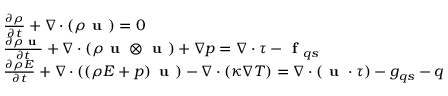
\begin{array} { r l } & { \frac { \partial \rho } { \partial t } + \nabla \cdot \left( \rho \textbf { u } \right) = 0 } \\ & { \frac { \partial \rho \textbf { u } } { \partial t } + \nabla \cdot \left( \rho \textbf { u } \otimes \textbf { u } \right) + \nabla p = \nabla \cdot \boldsymbol { \tau } - \textbf { f } _ { q s } } \\ & { \frac { \partial \rho E } { \partial t } + \nabla \cdot \left( \left( \rho E + p \right) \textbf { u } \right) - \nabla \cdot \left( \kappa \nabla T \right) = \nabla \cdot \left( \textbf { u } \cdot \boldsymbol { \tau } \right) - g _ { q s } - q } \end{array}